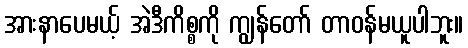
အားနာပေမယ့် အဲဒီကိစ္စကို ကျွန်တော် တာဝန်မယူပါဘူး။